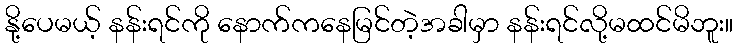
နို့ပေမယ့် နန်းရင်ကို နောက်ကနေမြင်တဲ့အခါမှာ နန်းရင်လို့မထင်မိဘူး။